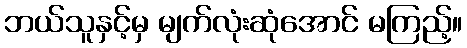
ဘယ်သူနှင့်မှ မျက်လုံးဆုံအောင် မကြည့်။